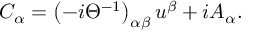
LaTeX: C _ { \alpha } = \left( - i \Theta ^ { - 1 } \right) _ { \alpha \beta } u ^ { \beta } + i A _ { \alpha } .